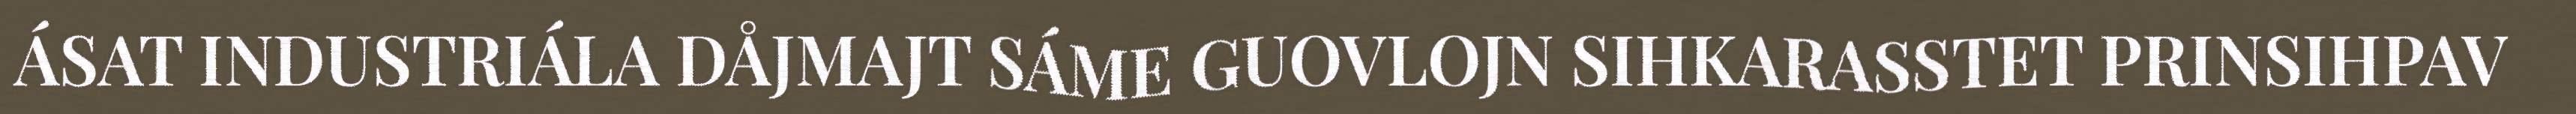
ÁSAT INDUSTRIÁLA DÅJMAJT SÁME GUOVLOJN SIHKARASSTET PRINSIHPAV